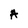
Character: A